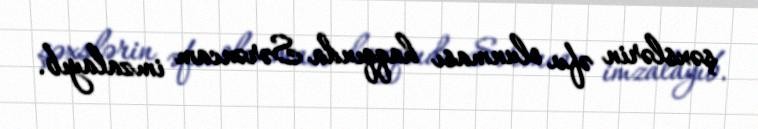
şəxslərin əfv olunması haqqında Sərəncam imzalayıb.